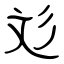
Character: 彣